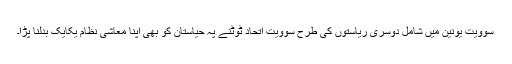
سوویت یونین میں شامل دوسری ریاستوں کی طرح سوویت اتحاد ٹوٹنے پہ حیاستان کو بھی اپنا معاشی نظام یکایک بدلنا پڑا۔